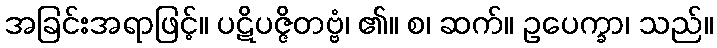
အခြင်းအရာဖြင့်။ ပဋိပဇ္ဇိတဗ္ဗံ၊ ၏။ စ၊ ဆက်။ ဥပေက္ခာ၊ သည်။